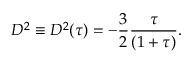
\begin{array} { l } { \displaystyle { D ^ { 2 } \equiv D ^ { 2 } ( \tau ) = - \frac { 3 } { 2 } \frac { \tau } { ( 1 + \tau ) } . } } \end{array}